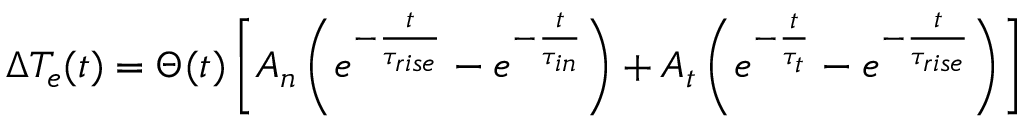
\Delta T _ { e } ( t ) = \Theta ( t ) \left[ A _ { n } \left( e ^ { - \frac { t } { \tau _ { r i s e } } } - e ^ { - \frac { t } { \tau _ { i n } } } \right) + A _ { t } \left( e ^ { - \frac { t } { \tau _ { t } } } - e ^ { - \frac { t } { \tau _ { r i s e } } } \right) \right]